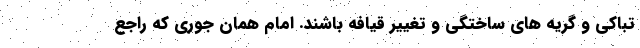
تباکی و گریه های ساختگی و تغییر قیافه باشند. امام همان جوری که راجع